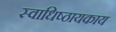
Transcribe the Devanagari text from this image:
स्वाधिष्ठायकाय